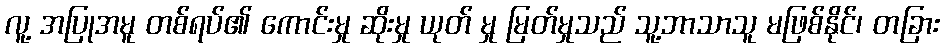
လူ့ အပြုအမူ တစ်ရပ်၏ ကောင်းမှု ဆိုးမှု ယုတ် မှု မြတ်မှုသည် သူ့ဘာသာသူ မဖြစ်နိုင်၊ တခြား